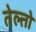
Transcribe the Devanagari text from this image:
तेल्तो